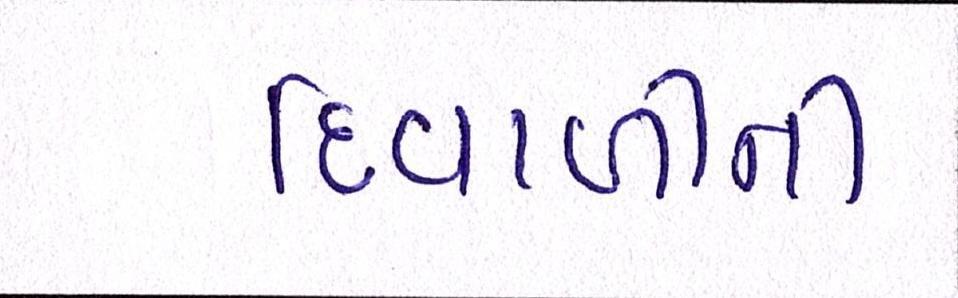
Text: દિવાળીની